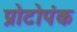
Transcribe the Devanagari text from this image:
प्रोटोपंक